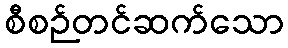
စီစဉ်တင်ဆက်သော